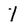
Character: 1